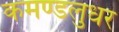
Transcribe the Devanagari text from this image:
कमण्डलुधर